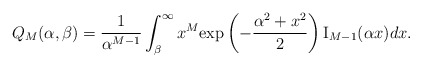
\begin{align*}Q_M (\alpha ,\beta)=\frac{1}{\alpha ^{M-1}}\int _\beta^\infty x^M\mathrm{exp}\left(-\frac{\alpha ^2+x^2}{2}\right) \mathrm{I}_{M-1}(\alpha x)dx.\end{align*}